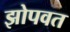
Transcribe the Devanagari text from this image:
झोपवत